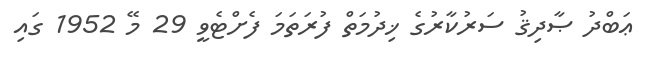
ޢަބްދު ޞާދިޤު ސަރުކާރުގެ ޚިދުމަތް ފުރަތަމަ ފެށްޓެވީ 29 މޭ 1952 ގައި